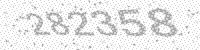
Solution: 282358